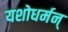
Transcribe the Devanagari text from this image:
यशोधर्मन्‌